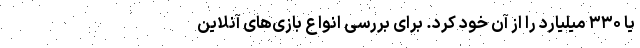
یا ۳۳۰ میلیارد را از آن خود کرد. برای بررسی انواع بازی‌های آنلاین